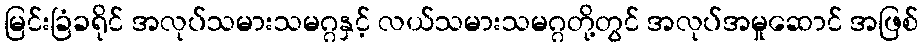
မြင်းခြံခရိုင် အလုပ်သမားသမဂ္ဂနှင့် လယ်သမားသမဂ္ဂတို့တွင် အလုပ်အမှုဆောင် အဖြစ်